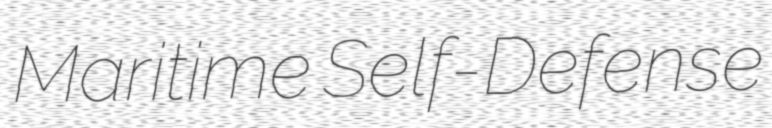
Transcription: Maritime Self-Defense